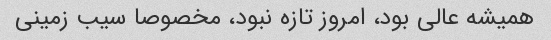
همیشه عالی بود، امروز تازه نبود، مخصوصا سیب زمینی